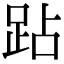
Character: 跕